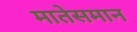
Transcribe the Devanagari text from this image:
मातेसमान